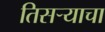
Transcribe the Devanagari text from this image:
तिसर्‍याचा